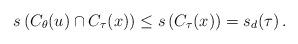
LaTeX: \begin{align*}s\left( C_{ \theta}(u) \cap C_{ \tau }(x) \right)\leq s\left( C_{ \tau }(x) \right) = s_d(\tau) \, .\end{align*}